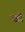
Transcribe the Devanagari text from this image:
उइरे